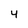
Character: 4